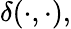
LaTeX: \delta(\cdot,\cdot),